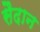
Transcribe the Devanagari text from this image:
सैदान